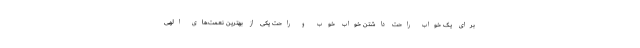
برای یک خواب راحت داشتن خواب خوب و راحت یکی از بهترین نعمت‌های الهی